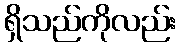
ရှိသည်ကိုလည်း